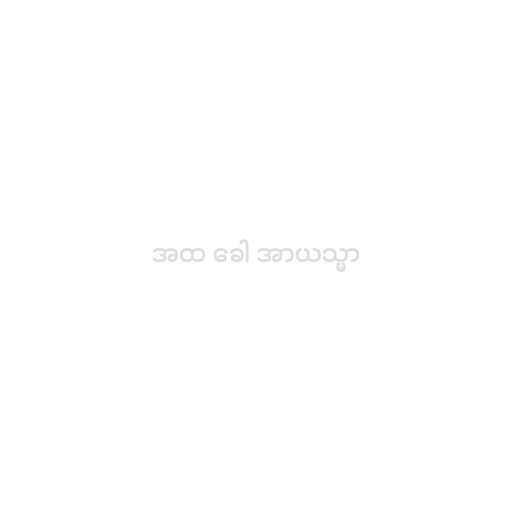
အထ ခေါ အာယသ္မာ